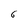
Character: 6